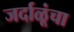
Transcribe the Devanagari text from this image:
जर्दाळूंचा